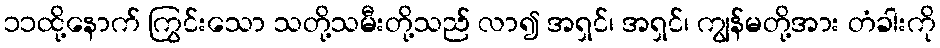
၁၁ထို့နောက် ကြွင်းသော သတို့သမီးတို့သည် လာ၍ အရှင်၊ အရှင်၊ ကျွန်မတို့အား တံခါးကို